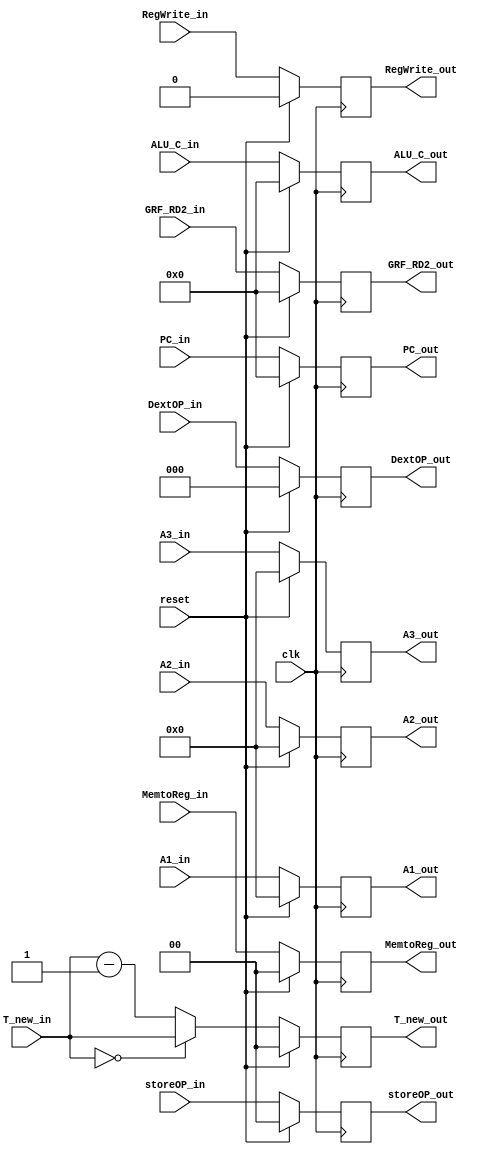
`timescale 1ns / 1ps

module m_reg(
    input clk,
    input reset,

    input [31:0] PC_in,
    input [1:0] T_new_in,

    input RegWrite_in,
    input [1:0] MemtoReg_in,
    input [1:0] storeOP_in,
    input [2:0] DextOP_in,

    input [4:0] A1_in,
    input [4:0] A2_in,
    input [4:0] A3_in,
    input [31:0] ALU_C_in,
    input [31:0] GRF_RD2_in,

    output reg [31:0] PC_out,
    output reg [1:0] T_new_out,

    output reg RegWrite_out,
    output reg [1:0] MemtoReg_out,
    output reg [1:0] storeOP_out,
    output reg [2:0] DextOP_out,

    output reg [4:0] A1_out,
    output reg [4:0] A2_out,
    output reg [4:0] A3_out,
    output reg [31:0] ALU_C_out,
    output reg [31:0] GRF_RD2_out
    );

    always @(posedge clk) begin
        if (reset) begin
            PC_out <= 32'b0;
            T_new_out <= 2'd0;

            RegWrite_out <= 1'b0;

            MemtoReg_out <= 2'b0;
            storeOP_out <= 2'b00;
            DextOP_out <= 3'd0;

            A1_out <= 5'b0;
            A2_out <= 5'b0;
            A3_out <= 5'b0;
            ALU_C_out <= 32'b0;
            GRF_RD2_out <= 32'b0;
        end
        else begin
            PC_out <= PC_in;
            T_new_out <= (T_new_in == 2'd0) ? T_new_in : T_new_in - 2'd1;

            RegWrite_out <= RegWrite_in;
            MemtoReg_out <= MemtoReg_in;
            storeOP_out <= storeOP_in;
            DextOP_out <= DextOP_in;

            A1_out <= A1_in;
            A2_out <= A2_in;
            A3_out <= A3_in;
            ALU_C_out <= ALU_C_in;
            GRF_RD2_out <= GRF_RD2_in;
        end
    end

endmodule